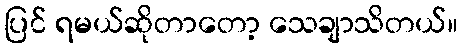
ပြင် ရမယ်ဆိုတာတော့ သေချာသိတယ်။